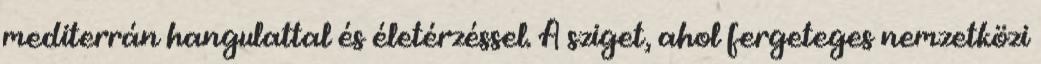
mediterrán hangulattal és életérzéssel. A sziget, ahol fergeteges nemzetközi